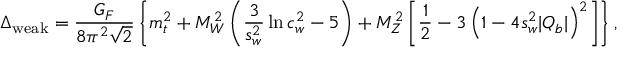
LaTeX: \Delta _ { \mathrm { w e a k } } = { \frac { G _ { F } } { 8 \pi ^ { 2 } \sqrt 2 } } \left\{ m _ { t } ^ { 2 } + M _ { W } ^ { 2 } \left( { \frac { 3 } { s _ { w } ^ { 2 } } } \ln c _ { w } ^ { 2 } - 5 \right) + M _ { Z } ^ { 2 } \left[ { \frac { 1 } { 2 } } - 3 \left( 1 - 4 s _ { w } ^ { 2 } | Q _ { b } | \right) ^ { 2 } \right] \right\} ,